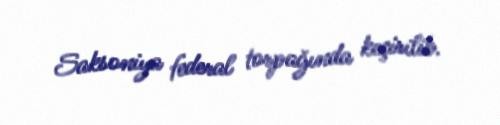
Saksoniya federal torpağında keçirilib.